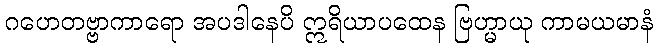
ဂဟေတဗ္ဗာကာရော အပဒါနေပိ ဣရိယာပထေန ဗြဟ္မာယု ကာမယမာနံ